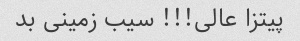
پیتزا عالی!!! سیب زمینی بد